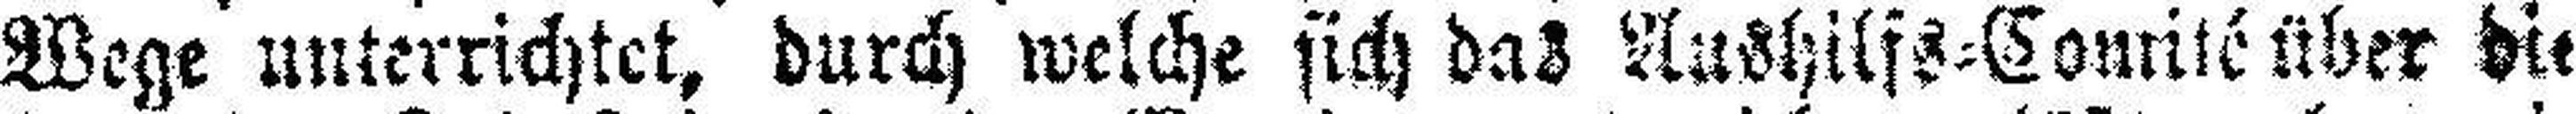
Wege unterrichtet, durch welche sich das Aushilfs=Comité über die